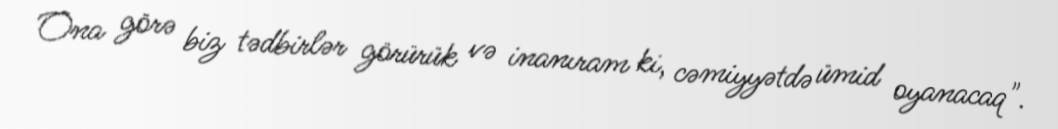
Ona görə biz tədbirlər görürük və inanıram ki, cəmiyyətdə ümid oyanacaq".